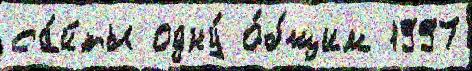
са́йты одну́ о́бщим 1997